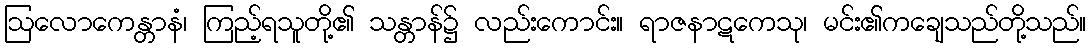
ဩလောကေန္တာနံ၊ ကြည့်ရသူတို့၏ သန္တာန်၌ လည်းကောင်း။ ရာဇနာဋကေသု၊ မင်း၏ကချေသည်တို့သည်။